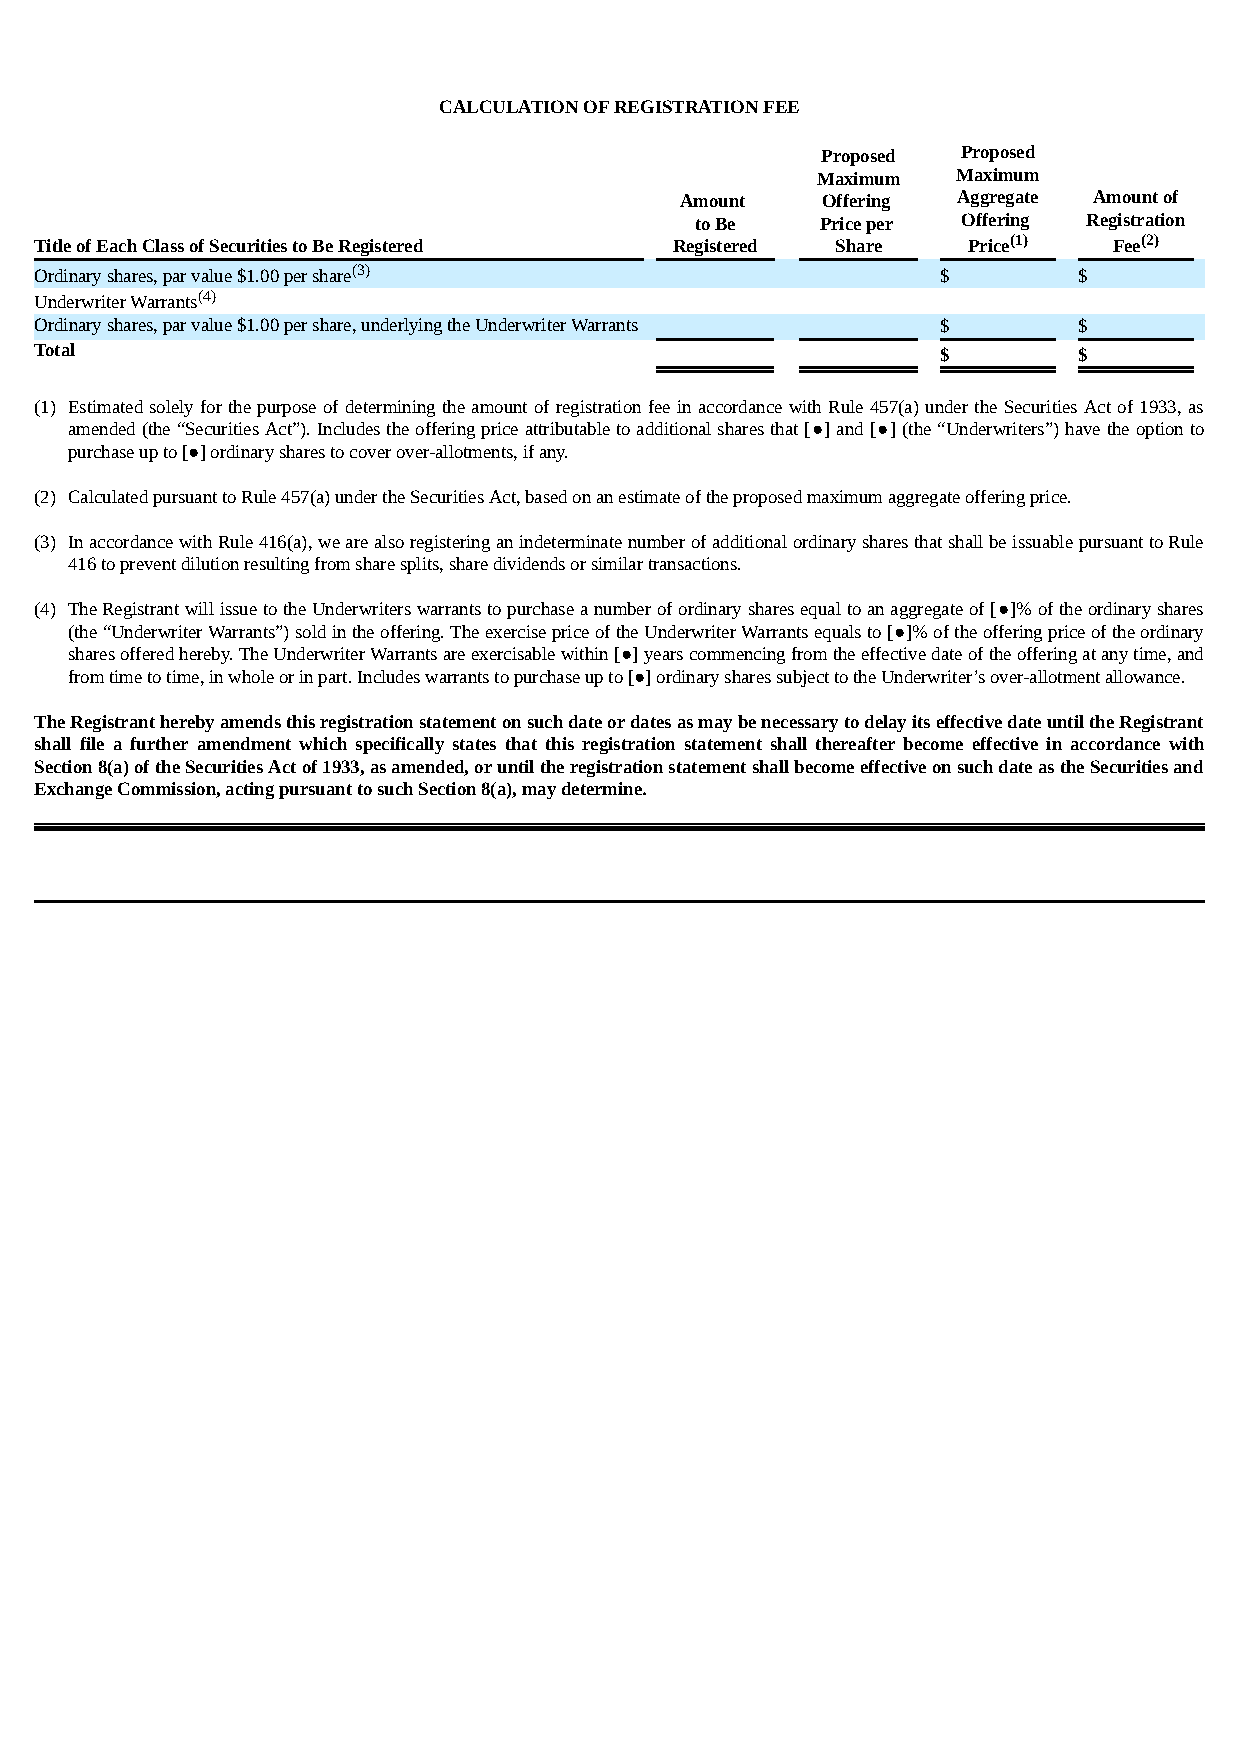
CALCULATION OF REGISTRATION FEE
 Proposed  Proposed
 Maximum  Maximum
 Amount   Offering Aggregate Amount of
 to Be   Price per Offering Registration
 Title of Each Class of Securities to Be Registered Registered Share Price(1) Fee(2)
 Ordinary shares, par value $1.00 per share(3)               $        $
 Underwriter Warrants(4)
 Ordinary shares, par value $1.00 per share, underlying the Underwriter Warrants $ $
 Total                                                       $        $
 (1) Estimated solely for the purpose of determining the amount of registration fee in accordance with Rule 457(a) under the Securities Act of 1933, as
 amended (the “Securities Act”). Includes the offering price attributable to additional shares that [●] and [●] (the “Underwriters”) have the option to
 purchase up to [●] ordinary shares to cover over-allotments, if any.
 (2) Calculated pursuant to Rule 457(a) under the Securities Act, based on an estimate of the proposed maximum aggregate offering price.
 (3) In accordance with Rule 416(a), we are also registering an indeterminate number of additional ordinary shares that shall be issuable pursuant to Rule
 416 to prevent dilution resulting from share splits, share dividends or similar transactions.
 (4) The Registrant will issue to the Underwriters warrants to purchase a number of ordinary shares equal to an aggregate of [●]% of the ordinary shares
 (the “Underwriter Warrants”) sold in the offering. The exercise price of the Underwriter Warrants equals to [●]% of the offering price of the ordinary
 shares offered hereby. The Underwriter Warrants are exercisable within [●] years commencing from the effective date of the offering at any time, and
 from time to time, in whole or in part. Includes warrants to purchase up to [●] ordinary shares subject to the Underwriter’s over-allotment allowance.
 The Registrant hereby amends this registration statement on such date or dates as may be necessary to delay its effective date until the Registrant
 shall file a further amendment which specifically states that this registration statement shall thereafter become effective in accordance with
 Section 8(a) of the Securities Act of 1933, as amended, or until the registration statement shall become effective on such date as the Securities and
 Exchange Commission, acting pursuant to such Section 8(a), may determine.